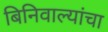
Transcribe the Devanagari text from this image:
बिनिवाल्यांचा